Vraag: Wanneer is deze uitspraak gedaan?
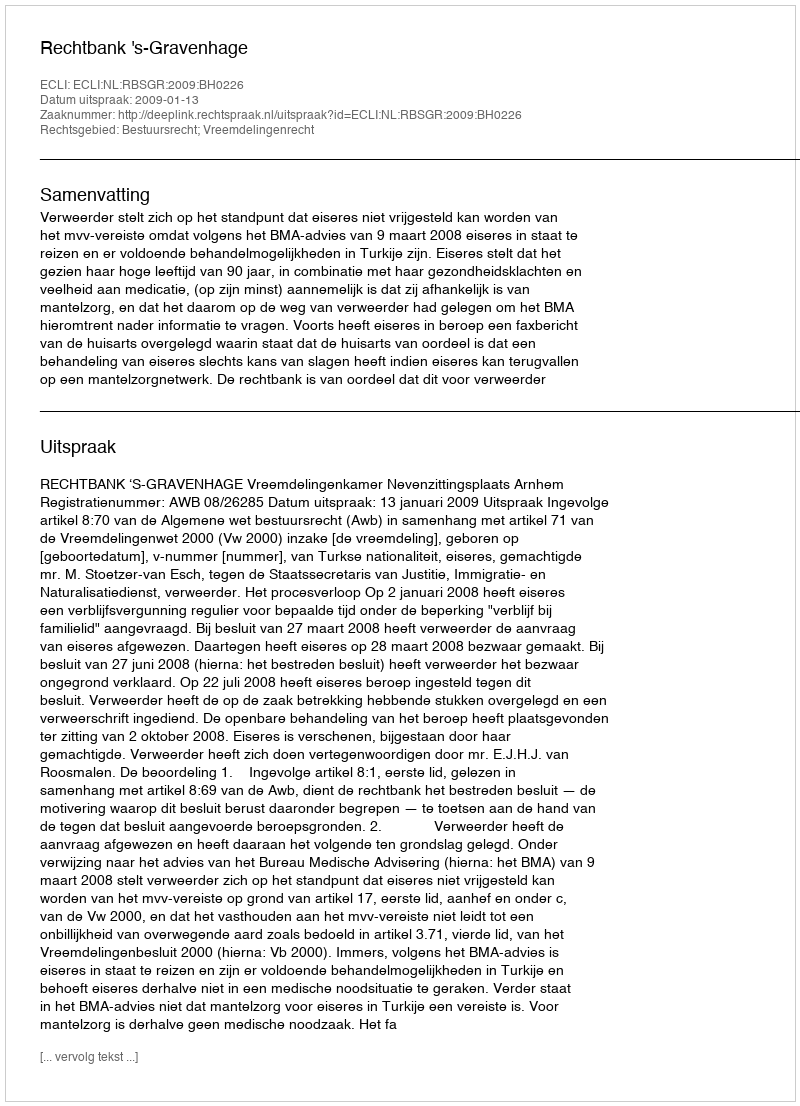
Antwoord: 2009-01-13